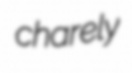
charely